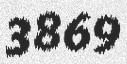
3869